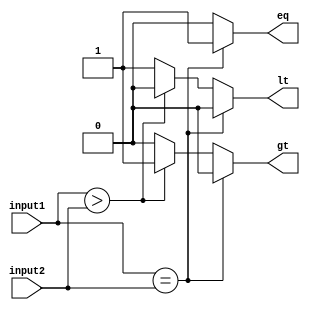
module comparator(
    input [15:0] input1,
    input [15:0] input2,
    output reg eq,
    output reg gt,
    output reg lt
);

reg [15:0] result;

always @ (*) begin
    if (input1 == input2) begin
        eq <= 1;
        gt <= 0;
        lt <= 0;
    end else if (input1 > input2) begin
        eq <= 0;
        gt <= 1;
        lt <= 0;
    end else begin
        eq <= 0;
        gt <= 0;
        lt <= 1;
    end
end

endmodule